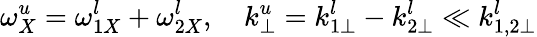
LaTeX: \omega_{X}^{u}=\omega_{1X}^{l}+\omega_{2X}^{l},\quad k_{\perp}^{u}=k_{1\perp}^{l}-k_{2\perp}^{l}\ll k_{1,2\perp}^{l}